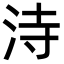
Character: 洔